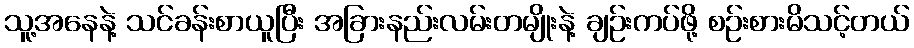
သူ့အနေနဲ့ သင်ခန်းစာယူပြီး အခြားနည်းလမ်းတမျိုးနဲ့ ချဉ်းကပ်ဖို့ စဉ်းစားမိသင့်တယ်